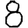
Digit: 8